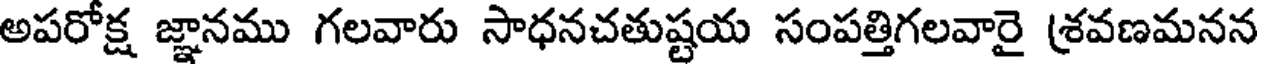
అపరోక్ష జ్ఞానము గలవారు సాధనచతుష్టయ సంపత్తిగలవారై శ్రవణమనన